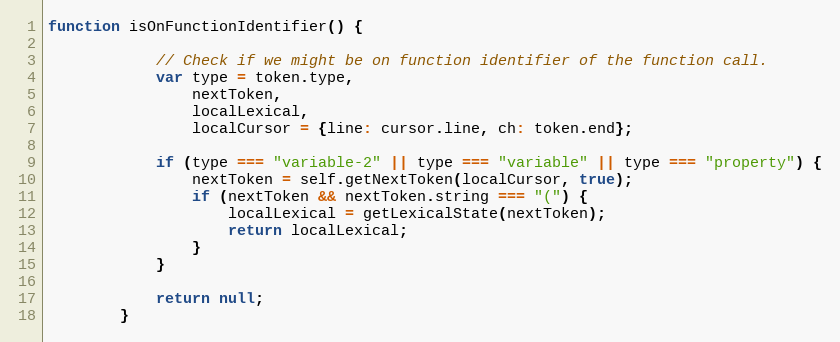
Language: JavaScript
function isOnFunctionIdentifier() {

            // Check if we might be on function identifier of the function call.
            var type = token.type,
                nextToken,
                localLexical,
                localCursor = {line: cursor.line, ch: token.end};

            if (type === "variable-2" || type === "variable" || type === "property") {
                nextToken = self.getNextToken(localCursor, true);
                if (nextToken && nextToken.string === "(") {
                    localLexical = getLexicalState(nextToken);
                    return localLexical;
                }
            }

            return null;
        }